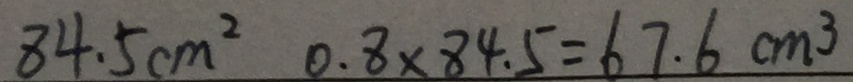
8 4 . 5 c m ^ { 2 } 0 . 8 \times 8 4 . 5 = 6 7 . 6 c m ^ { 3 }